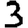
Digit: 3